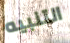
التنبيه